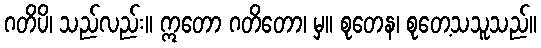
ဂတိပိ၊ သည်လည်း။ ဣတော ဂတိတော၊ မှ။ စုတေန၊ စုတေ့သသူသည်။